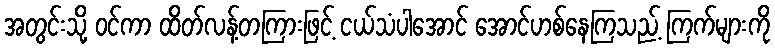
အတွင်းသို့ ဝင်ကာ ထိတ်လန့်တကြားဖြင့် ငယ်သံပါအောင် အောင်ဟစ်နေကြသည့် ကြက်များကို